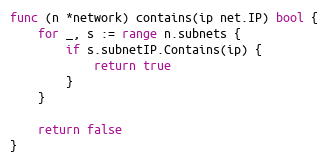
Language: Go
func (n *network) contains(ip net.IP) bool {
	for _, s := range n.subnets {
		if s.subnetIP.Contains(ip) {
			return true
		}
	}

	return false
}